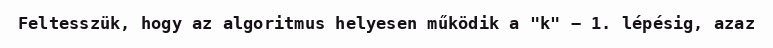
Feltesszük, hogy az algoritmus helyesen működik a "k" − 1. lépésig, azaz